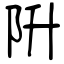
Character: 阩